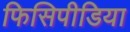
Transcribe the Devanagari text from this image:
फिसिपीडिया